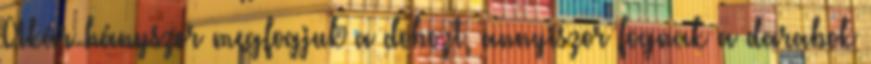
Akár hányszor megfogjuk a dobozt, annyiszor fognak a darabok